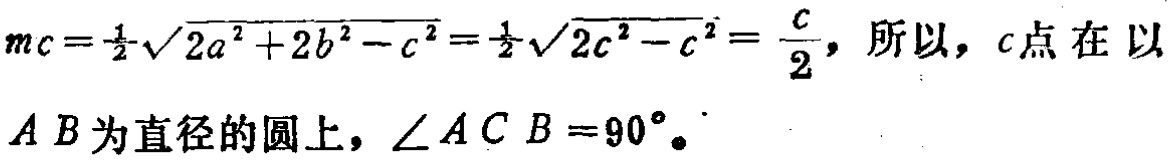
$mc=\frac{1}{2}\sqrt{2a^{2}+2b^{2}-c^{2}}=\frac{1}{2}\sqrt{2c^{2}-c^{2}}=\frac{c}{2}，所以，c点在以AB为直径的圆上，\angle ACB = 90^{\circ}。$